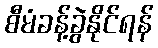
စီမံခန့်ခွဲနိုင်ရန်